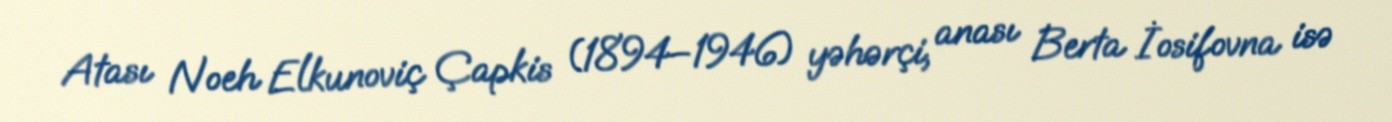
Atası Noeh Elkunoviç Çapkis (1894–1946) yəhərçi, anası Berta İosifovna isə